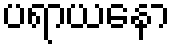
ပရာယနော